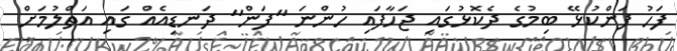
ފަހު ފަންކުޅޭ ބިމުގެ ދެކޮޅުގައި ޖަހާފައި ހުންނަ "ފަން" ދަނޑިއެއް ގައި އަތްލުމަށް